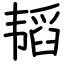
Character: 韬